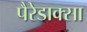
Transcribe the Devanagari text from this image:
पैरेडाक्सा